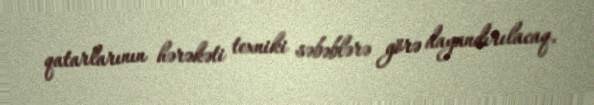
qatarlarının hərəkəti texniki səbəblərə görə dayandırılacaq.